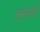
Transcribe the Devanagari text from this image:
हनेली